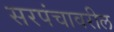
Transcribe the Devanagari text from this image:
सरपंचावरील